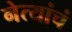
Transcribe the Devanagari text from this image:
नेत्यांचं